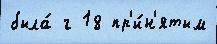
была́ г 18 пр'и́н'ятым